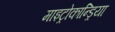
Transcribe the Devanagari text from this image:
माइट्रोकान्ड्रिया